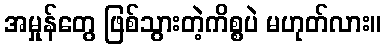
အမှုန်တွေ ဖြစ်သွားတဲ့ကိစ္စပဲ မဟုတ်လား။